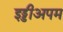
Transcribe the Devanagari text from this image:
इड्डीअपम